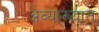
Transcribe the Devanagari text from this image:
अव्याख्यात